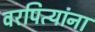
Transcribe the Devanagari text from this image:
वरपित्यांना